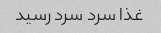
غذا سرد سرد رسید